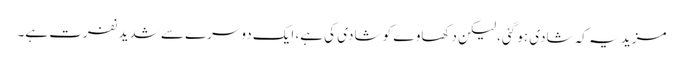
مزید یہ کہ شادی ہو گئی، لیکن دکھاوے کو شادی کی ہے، ایک دوسرے سے شدید نفرت ہے۔